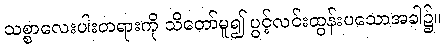
သစ္စာလေးပါးတရားကို သိတော်မူ၍ ပွင့်လင်းထွန်းပသောအခါ၌။